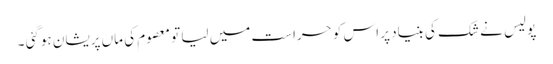
پولیس نے شک کی بنیاد پر اس کو حراست میں لیا تو معصوم کی ماں پریشان ہوگئی ۔